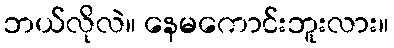
ဘယ်လိုလဲ။ နေမကောင်းဘူးလား။